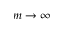
m \to \infty